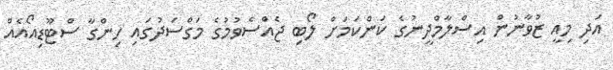
އަދި މިއީ ޒުވާނުން އިސްލާމްދީނުގެ ކަންކަމަށް ލޯބި ޖެއްސެވުމުގެ މަގްސަދުގައި ހިންގާ ސްޓޫޑިއޯއެއް